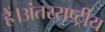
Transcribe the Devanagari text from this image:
हैं।अंतरराष्ट्रीय